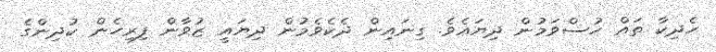
ހެދިކާ ތައް ހުސްވަމުން ދިޔައެވެ. ގިނައިން ދެކެވެމުން ދިޔައީ ޒުވާން ފިރިހެން ކުދިންގެ